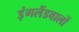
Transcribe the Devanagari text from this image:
इंगलैंडवालों